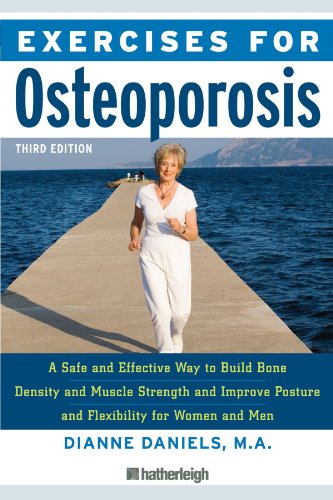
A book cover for Exercises for Osteoporosis, Third Edition: A Safe and Effective Way to Build Bone Density and Muscle Strength and Improve Posture and Flexibility; Dianne Daniels; Health, Fitness & Dieting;